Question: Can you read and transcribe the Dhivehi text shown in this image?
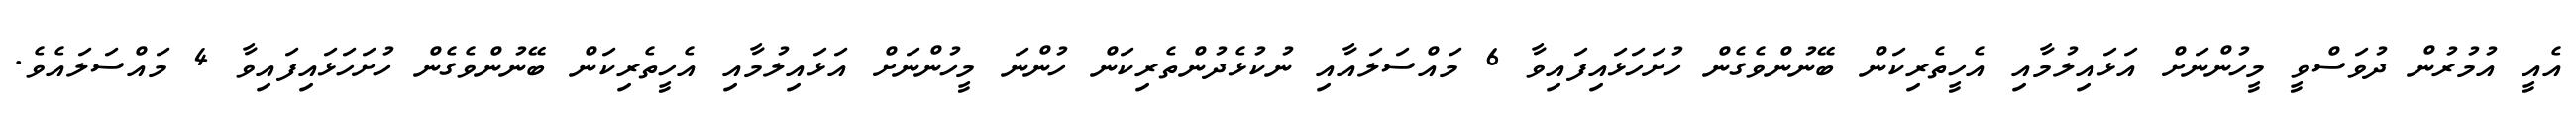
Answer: އެއީ އުމުރުން ދުވަސްވީ މީހުންނަށް އަޅައިލުމާއި އެހީތެރިކަން ބޭނުންވެގެން ހުށަހަޅައިފައިވާ 6 މައްސަލައާއި ނުކުޅެދުންތެރިކަން ހުންނަ މީހުންނަށް އަޅައިލުމާއި އެހީތެރިކަން ބޭނުންވެގެން ހުށަހަޅައިފައިވާ 4 މައްސަލައެވެ.